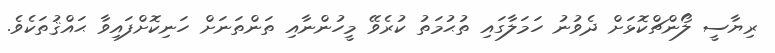
ރިޔާސީ ލޯންޗްކޮޅަށް ދެވުނު ހަމަލާގައި ތުޙުމަތު ކުރެވޭ މީހުންނާއި ތަންތަނަށް ހަނިކޮށްފައިވާ ޙައްޤުތަކެވެ.